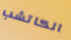
الكاتشب